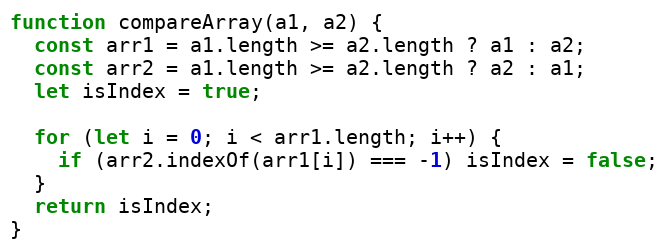
Language: JavaScript
function compareArray(a1, a2) {
  const arr1 = a1.length >= a2.length ? a1 : a2;
  const arr2 = a1.length >= a2.length ? a2 : a1;
  let isIndex = true;

  for (let i = 0; i < arr1.length; i++) {
    if (arr2.indexOf(arr1[i]) === -1) isIndex = false;
  }
  return isIndex;
}